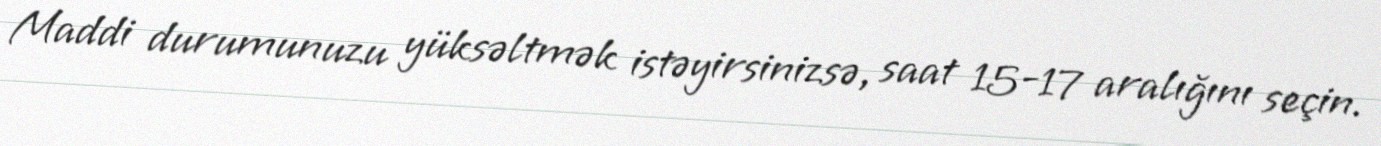
Maddi durumunuzu yüksəltmək istəyirsinizsə, saat 15-17 aralığını seçin.